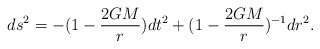
\begin{align*}ds^2=-(1-\frac{2GM}{r})dt^2 +(1-\frac{2GM}{r})^{-1} dr^2.\end{align*}